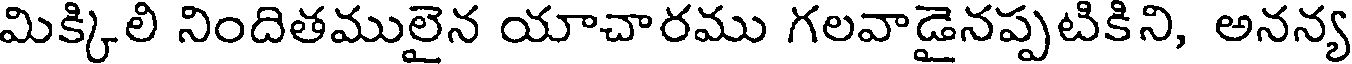
మిక్కిలి నిందితములైన యాచారము గలవాడైనప్పటికిని, అనన్య